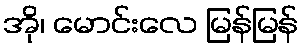
အို၊ မောင်းလေ မြန်မြန်